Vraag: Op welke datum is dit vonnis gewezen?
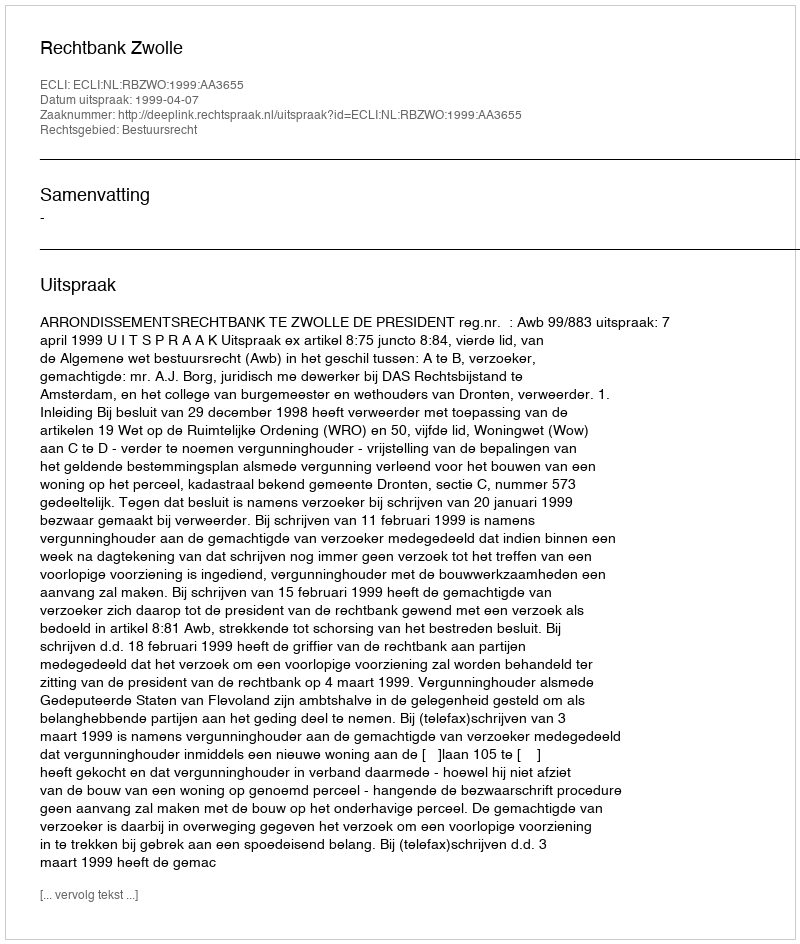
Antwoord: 1999-04-07